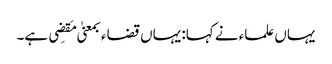
یہاں علماء نے کہا: یہاں قضاء بمعنیٰ مَقضِی ہے۔